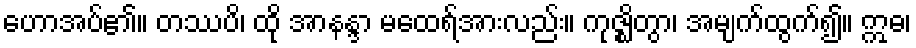
ဟောအပ်၏။ တဿပိ၊ ထို အာနန္ဒာ မထေရ်အားလည်း။ ကုဇ္ဈိတွာ၊ အမျက်ထွက်၍။ ဣဓ၊